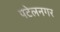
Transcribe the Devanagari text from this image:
पटेलनगर